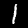
Label: 1